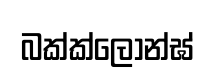
බක්ක්ලොන්ඝ්